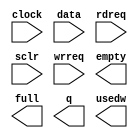
// megafunction wizard: %FIFO%VBB%
// GENERATION: STANDARD
// VERSION: WM1.0
// MODULE: scfifo 

// ============================================================
// Megafunction Name(s):
// 			scfifo
//
// Simulation Library Files(s):
// 			altera_mf
// ============================================================
// ************************************************************
// THIS IS A WIZARD-GENERATED FILE. DO NOT EDIT THIS FILE!
//
// 10.1 Build 197 01/19/2011 SP 1 SJ Full Version
// ************************************************************

//Copyright (C) 1991-2011 Altera Corporation
//Your use of Altera Corporation's design tools, logic functions 
//and other software and tools, and its AMPP partner logic 
//functions, and any output files from any of the foregoing 
//(including device programming or simulation files), and any 
//associated documentation or information are expressly subject 
//to the terms and conditions of the Altera Program License 
//Subscription Agreement, Altera MegaCore Function License 
//Agreement, or other applicable license agreement, including, 
//without limitation, that your use is for the sole purpose of 
//programming logic devices manufactured by Altera and sold by 
//Altera or its authorized distributors.  Please refer to the 
//applicable agreement for further details.

module small_fifo_test (
	clock,
	data,
	rdreq,
	sclr,
	wrreq,
	empty,
	full,
	q,
	usedw);

	input	  clock;
	input	[31:0]  data;
	input	  rdreq;
	input	  sclr;
	input	  wrreq;
	output	  empty;
	output	  full;
	output	[31:0]  q;
	output	[4:0]  usedw;

endmodule

// ============================================================
// CNX file retrieval info
// ============================================================
// Retrieval info: PRIVATE: AlmostEmpty NUMERIC "0"
// Retrieval info: PRIVATE: AlmostEmptyThr NUMERIC "-1"
// Retrieval info: PRIVATE: AlmostFull NUMERIC "0"
// Retrieval info: PRIVATE: AlmostFullThr NUMERIC "-1"
// Retrieval info: PRIVATE: CLOCKS_ARE_SYNCHRONIZED NUMERIC "1"
// Retrieval info: PRIVATE: Clock NUMERIC "0"
// Retrieval info: PRIVATE: Depth NUMERIC "32"
// Retrieval info: PRIVATE: Empty NUMERIC "1"
// Retrieval info: PRIVATE: Full NUMERIC "1"
// Retrieval info: PRIVATE: INTENDED_DEVICE_FAMILY STRING "Stratix II"
// Retrieval info: PRIVATE: LE_BasedFIFO NUMERIC "0"
// Retrieval info: PRIVATE: LegacyRREQ NUMERIC "1"
// Retrieval info: PRIVATE: MAX_DEPTH_BY_9 NUMERIC "0"
// Retrieval info: PRIVATE: OVERFLOW_CHECKING NUMERIC "0"
// Retrieval info: PRIVATE: Optimize NUMERIC "2"
// Retrieval info: PRIVATE: RAM_BLOCK_TYPE NUMERIC "0"
// Retrieval info: PRIVATE: SYNTH_WRAPPER_GEN_POSTFIX STRING "1"
// Retrieval info: PRIVATE: UNDERFLOW_CHECKING NUMERIC "0"
// Retrieval info: PRIVATE: UsedW NUMERIC "1"
// Retrieval info: PRIVATE: Width NUMERIC "32"
// Retrieval info: PRIVATE: dc_aclr NUMERIC "0"
// Retrieval info: PRIVATE: diff_widths NUMERIC "0"
// Retrieval info: PRIVATE: msb_usedw NUMERIC "0"
// Retrieval info: PRIVATE: output_width NUMERIC "32"
// Retrieval info: PRIVATE: rsEmpty NUMERIC "1"
// Retrieval info: PRIVATE: rsFull NUMERIC "0"
// Retrieval info: PRIVATE: rsUsedW NUMERIC "0"
// Retrieval info: PRIVATE: sc_aclr NUMERIC "0"
// Retrieval info: PRIVATE: sc_sclr NUMERIC "1"
// Retrieval info: PRIVATE: wsEmpty NUMERIC "0"
// Retrieval info: PRIVATE: wsFull NUMERIC "1"
// Retrieval info: PRIVATE: wsUsedW NUMERIC "0"
// Retrieval info: LIBRARY: altera_mf altera_mf.altera_mf_components.all
// Retrieval info: CONSTANT: ADD_RAM_OUTPUT_REGISTER STRING "OFF"
// Retrieval info: CONSTANT: INTENDED_DEVICE_FAMILY STRING "Stratix II"
// Retrieval info: CONSTANT: LPM_NUMWORDS NUMERIC "32"
// Retrieval info: CONSTANT: LPM_SHOWAHEAD STRING "OFF"
// Retrieval info: CONSTANT: LPM_TYPE STRING "scfifo"
// Retrieval info: CONSTANT: LPM_WIDTH NUMERIC "32"
// Retrieval info: CONSTANT: LPM_WIDTHU NUMERIC "5"
// Retrieval info: CONSTANT: OVERFLOW_CHECKING STRING "ON"
// Retrieval info: CONSTANT: UNDERFLOW_CHECKING STRING "ON"
// Retrieval info: CONSTANT: USE_EAB STRING "ON"
// Retrieval info: USED_PORT: clock 0 0 0 0 INPUT NODEFVAL "clock"
// Retrieval info: USED_PORT: data 0 0 32 0 INPUT NODEFVAL "data[31..0]"
// Retrieval info: USED_PORT: empty 0 0 0 0 OUTPUT NODEFVAL "empty"
// Retrieval info: USED_PORT: full 0 0 0 0 OUTPUT NODEFVAL "full"
// Retrieval info: USED_PORT: q 0 0 32 0 OUTPUT NODEFVAL "q[31..0]"
// Retrieval info: USED_PORT: rdreq 0 0 0 0 INPUT NODEFVAL "rdreq"
// Retrieval info: USED_PORT: sclr 0 0 0 0 INPUT NODEFVAL "sclr"
// Retrieval info: USED_PORT: usedw 0 0 5 0 OUTPUT NODEFVAL "usedw[4..0]"
// Retrieval info: USED_PORT: wrreq 0 0 0 0 INPUT NODEFVAL "wrreq"
// Retrieval info: CONNECT: @clock 0 0 0 0 clock 0 0 0 0
// Retrieval info: CONNECT: @data 0 0 32 0 data 0 0 32 0
// Retrieval info: CONNECT: @rdreq 0 0 0 0 rdreq 0 0 0 0
// Retrieval info: CONNECT: @sclr 0 0 0 0 sclr 0 0 0 0
// Retrieval info: CONNECT: @wrreq 0 0 0 0 wrreq 0 0 0 0
// Retrieval info: CONNECT: empty 0 0 0 0 @empty 0 0 0 0
// Retrieval info: CONNECT: full 0 0 0 0 @full 0 0 0 0
// Retrieval info: CONNECT: q 0 0 32 0 @q 0 0 32 0
// Retrieval info: CONNECT: usedw 0 0 5 0 @usedw 0 0 5 0
// Retrieval info: GEN_FILE: TYPE_NORMAL small_fifo_test.v TRUE
// Retrieval info: GEN_FILE: TYPE_NORMAL small_fifo_test.inc TRUE
// Retrieval info: GEN_FILE: TYPE_NORMAL small_fifo_test.cmp TRUE
// Retrieval info: GEN_FILE: TYPE_NORMAL small_fifo_test.bsf TRUE
// Retrieval info: GEN_FILE: TYPE_NORMAL small_fifo_test_inst.v TRUE
// Retrieval info: GEN_FILE: TYPE_NORMAL small_fifo_test_bb.v TRUE
// Retrieval info: GEN_FILE: TYPE_NORMAL small_fifo_test_waveforms.html TRUE
// Retrieval info: GEN_FILE: TYPE_NORMAL small_fifo_test_wave*.jpg FALSE
// Retrieval info: GEN_FILE: TYPE_NORMAL small_fifo_test_syn.v TRUE
// Retrieval info: LIB_FILE: altera_mf